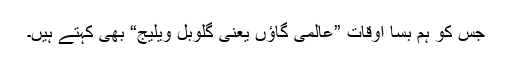
جس کو ہم بسا اوقات ”عالمی گاؤں یعنی گلوبل ویلیج“ بھی کہتے ہیں۔